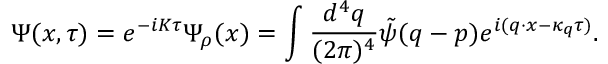
\Psi ( x , \tau ) = e ^ { - i K \tau } \Psi _ { \rho } ( x ) = \int \frac { d ^ { 4 } q } { ( 2 \pi ) ^ { 4 } } \tilde { \psi } ( q - p ) e ^ { i ( q \cdot x - \kappa _ { q } \tau ) } .